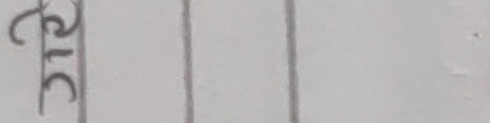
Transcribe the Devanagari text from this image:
३८